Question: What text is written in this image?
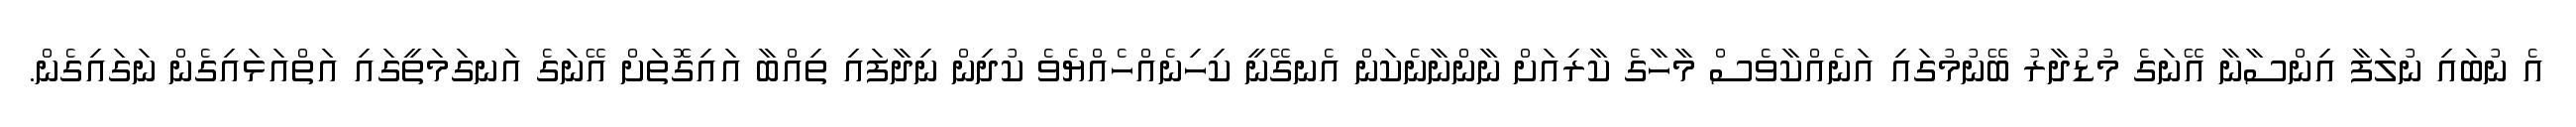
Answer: އެ ނުބައި ނުލަފާ އިންސާނާ އޭނަގެ މުޑުދާރު ބޭނުމުގައި އަނެއްކާވެސް މާހާގެ ކާރިއަށް ނާންނާނެކަން އެނގޭނީ ކިހިނެއްހެއްޔެވެ ކުދިން ނިދާފައި ތިއްބާ އައިގޮތަށް އޭނަގެ އަނގަމަތީގައި އަތްއަޅައިގެން ނަގައިގެން.